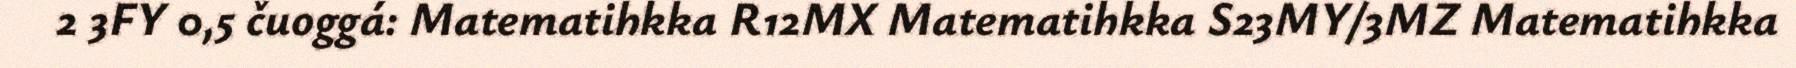
2 3FY 0,5 čuoggá: Matematihkka R12MX Matematihkka S23MY/3MZ Matematihkka